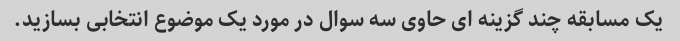
یک مسابقه چند گزینه ای حاوی سه سوال در مورد یک موضوع انتخابی بسازید.